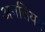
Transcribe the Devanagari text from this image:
अगत्तियम